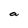
Character: a